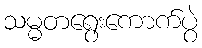
သမ္မတရွေးကောက်ပွဲ